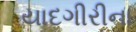
યાદગીરીના